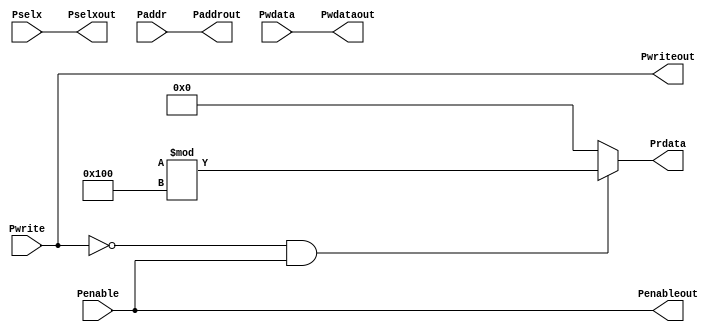
// AHB to APG Bridge | Maven Silicon
//
//
//
// AHB Master
//
// By-Hrishikesh S Nair
//    20BES7080 

module APB_Interface(Pwrite,Pselx,Penable,Paddr,Pwdata,Pwriteout,Pselxout,Penableout,Paddrout,Pwdataout,Prdata);

input Pwrite,Penable;
input [2:0] Pselx;
input [31:0] Pwdata,Paddr;

output Pwriteout,Penableout;
output [2:0] Pselxout;
output [31:0] Pwdataout,Paddrout;
output reg [31:0] Prdata;

assign Penableout=Penable;
assign Pselxout=Pselx;
assign Pwriteout=Pwrite;
assign Paddrout=Paddr;
assign Pwdataout=Pwdata;

always @(*)
 begin
  if (~Pwrite && Penable)
   Prdata=($random)%256;
  else
   Prdata=0;
 end

endmodule